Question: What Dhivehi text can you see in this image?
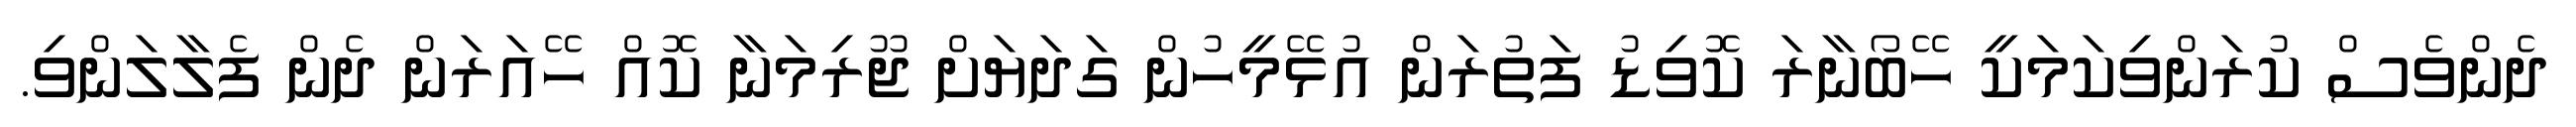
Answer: ދެންވެސް ކުރަންވިކަމަކީ ހޭބޯނާރަ ކޮވިޑު ފަތުރަން އުޅޭމީހުން ގަދަޔަށް ޖޫރިމަނާ ކޮއް ހޭއަރަން ދެން ފެލާލަންވި.